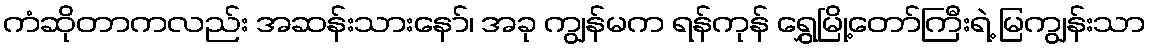
ကံဆိုတာကလည်း အဆန်းသားနော်၊ အခု ကျွန်မက ရန်ကုန် ရွှေမြို့တော်ကြီးရဲ့ မြကျွန်းသာ